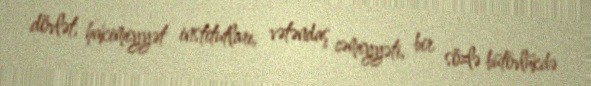
dövlət, hakimiyyət institutları, vətəndaş cəmiyyəti, bir sözlə bütövlükdə